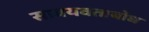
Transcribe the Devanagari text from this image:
सावयवताबोध